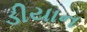
ડીયાન